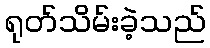
ရုတ်သိမ်းခဲ့သည်